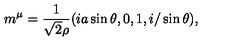
m ^ { \mu } = \frac { 1 } { \sqrt { 2 } \rho } ( i a \sin \theta , 0 , 1 , i / \sin \theta ) ,